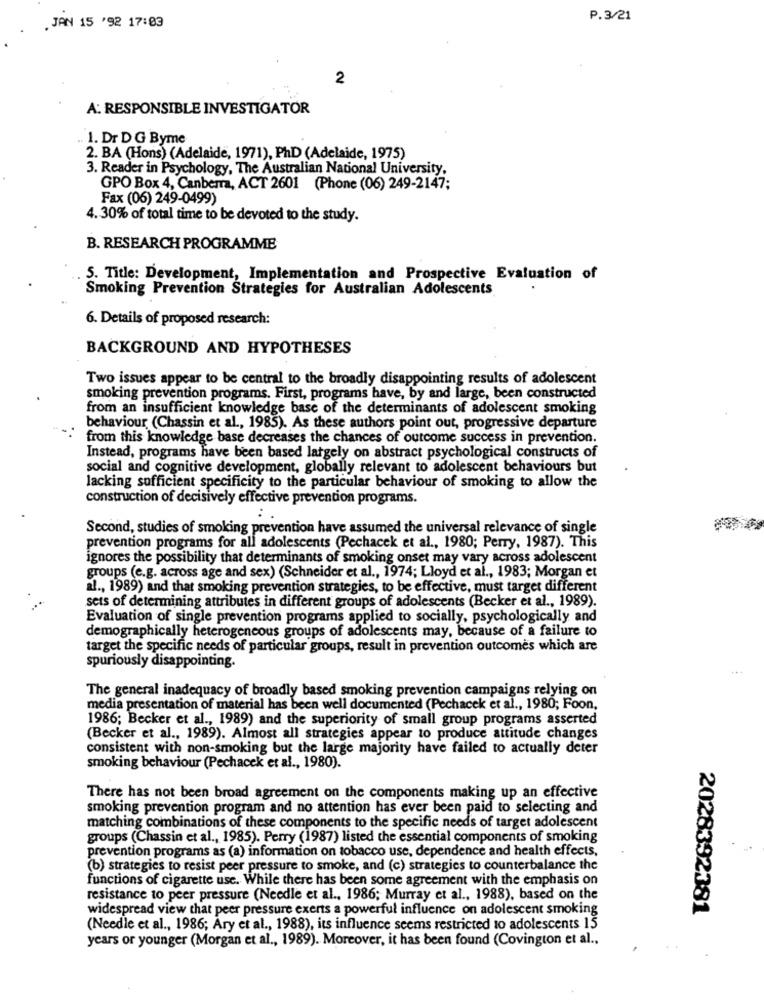
P.3/21
. JAN 15 '92 17:03
2
A: RESPONSIBLE INVESTIGATOR
.. 1. Dr D G Byme
2. BA (Hons) (Adelaide, 1971), PhD (Adelaide, 1975)
3. Reader in Psychology, The Australian National University,
GPO Box 4, Canberra, ACT 2601 (Phone (06) 249-2147;
Fax (06) 249-0499)
4.30% of total time to be devoted to the study.
B. RESEARCH PROGRAMME
5. Title: Development, Implementation and Prospective Evaluation of
Smoking Prevention Strategies for Australian Adolescents
6. Details of proposed research:
BACKGROUND AND HYPOTHESES
Two issues appear to be central to the broadly disappointing results of adolescent
smoking prevention programs. First, programs have, by and large, been constructed
from an insufficient knowledge base of the determinants of adolescent smoking
behaviour (Chassin et al ., 1985). As these authors point out, progressive departure
from this knowledge base decreases the chances of outcome success in prevention.
Instead, programs have been based largely on abstract psychological constructs of
social and cognitive development, globally relevant to adolescent behaviours but
lacking sufficient specificity to the particular behaviour of smoking to allow the
construction of decisively effective prevention programs.
Second, studies of smoking prevention have assumed the universal relevance of single
prevention programs for all adolescents (Pechacek et al ., 1980; Perry, 1987). This
ignores the possibility that determinants of smoking onset may vary across adolescent
groups (e.g. across age and sex) (Schneider et al ., 1974; Lloyd et al ., 1983; Morgan et
al ., 1989) and that smoking prevention strategies, to be effective, must target different
sets of determining attributes in different groups of adolescents (Becker et al ., 1989).
Evaluation of single prevention programs applied to socially, psychologically and
demographically heterogeneous groups of adolescents may, because of a failure to
target the specific needs of particular groups, result in prevention outcomes which are
spuriously disappointing.
The general inadequacy of broadly based smoking prevention campaigns relying on
media presentation of material has been well documented (Pechacek et al ., 1980; Foon,
1986; Becker et al ., 1989) and the superiority of small group programs asserted
(Becker et al ., 1989). Almost all strategies appear to produce attitude changes
consistent with non-smoking but the large majority have failed to actually deter
smoking behaviour (Pechacek et al ., 1980).
There has not been broad agreement on the components making up an effective
smoking prevention program and no attention has ever been paid to selecting and
matching combinations of these components to the specific needs of target adolescent
groups (Chassin et al ., 1985). Perry (1987) listed the essential components of smoking
prevention programs as (a) information on tobacco use, dependence and health effects,
(b) strategies to resist peer pressure to smoke, and (c) strategies to counterbalance the
functions of cigarette use. While there has been some agreement with the emphasis on
resistance to peer pressure (Needle et al ., 1986; Murray et al ., 1988), based on the
widespread view that peer pressure exerts a powerful influence on adolescent smoking
2028392381
(Needle et al ., 1986; Ary et al ., 1988), its influence seems restricted to adolescents 15
years or younger (Morgan et al ., 1989). Moreover, it has been found (Covington et al .,